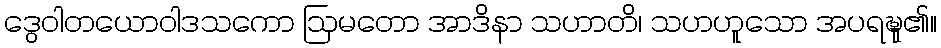
ဒွေဝါတယောဝါဒသကော ဩမတော အာဒိနာ သဟာတိ၊ သဟဟူသော အပရဍ္ဎု၏။